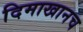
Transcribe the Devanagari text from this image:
दिमाखानच